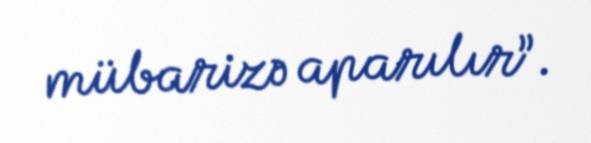
mübarizə aparılır”.